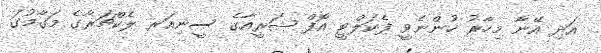
އަދި އޭނާ މިހާރު ހުންނެވީ ފެކަލްޓީ އޮފް ޝަރީއާގެ ސީނިއަރ ލެކްޗަރާގެ މަގާމުގަ